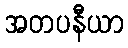
အတပနီယာ